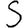
Digit: 5